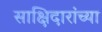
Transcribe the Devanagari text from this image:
साक्षिदारांच्या